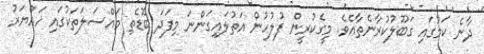
ދާނެ ކަމުގައި ގަބޫލުކުރާނެތާއެވެ. މީގެކުރީން ފުލުހުން އަތުލައިގަންނަ މިފަދަ ބޮޑެތި މައްސަލަތަކުގައި ހައްޔަރު